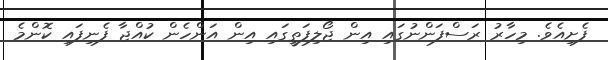
ފެށިއެވެ. މިހާރު ރަސްފަންނުގައި އިން ޖޯލިފަތީގައި އިން އަންހެން ކުއްޖާ ފެނިފައި ކޮންމެ